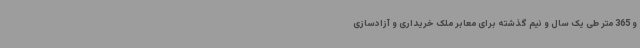
و 365 متر طی یک سال و نیم گذشته برای معابر ملک خریداری و آزادسازی